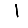
Digit: 1